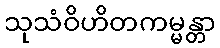
သုသံဝိဟိတကမ္မန္တာ